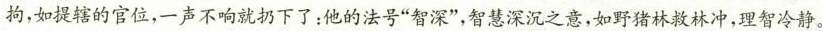
拘，如提辖的官位，一声不响就扔下了：他的法号”智深”，智慧深沉之意，如野猪林救林冲，理智冷静。